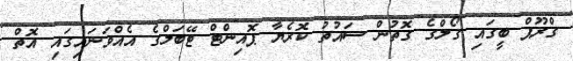
ގްރޫޕް ބީގައި ގޯލްގެ ގޮތުން ސައުތު ކޮރެޔާ ޕޮއިންޓް ޓޭބަލްގެ އެއްވަނައިގައި އޮތް